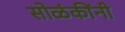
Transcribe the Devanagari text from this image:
सोळंकींनी